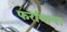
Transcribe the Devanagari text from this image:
फरकिया